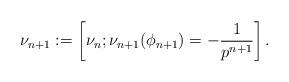
LaTeX: \begin{align*}\nu_{n+1}:=\left[\nu_n;\nu_{n+1}(\phi_{n+1})=-\frac{1}{p^{n+1}}\right].\end{align*}